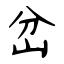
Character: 岔